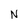
Character: N